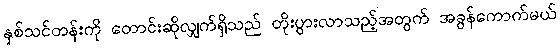
နှစ်သင်တန်းကို တောင်းဆိုလျှက်ရှိသည် တိုးပွားလာသည့်အတွက် အခွန်ကောက်မယ်